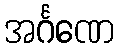
အင်္ဂဏေ